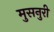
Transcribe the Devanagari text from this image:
मुसनुरी